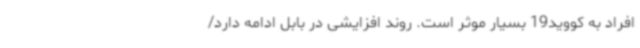
افراد به کووید19 بسیار موثر است. روند افزایشی در بابل ادامه دارد/